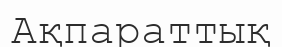
Ақпараттық